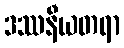
ဒဿနီယတရာ